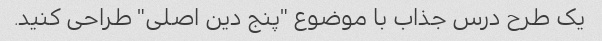
یک طرح درس جذاب با موضوع "پنج دین اصلی" طراحی کنید.